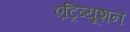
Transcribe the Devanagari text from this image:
एट्रिब्यूशन